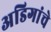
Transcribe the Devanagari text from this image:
अडिगांचे